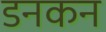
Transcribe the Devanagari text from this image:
डनकन